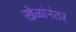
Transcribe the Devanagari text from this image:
खेळांनंतर